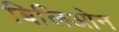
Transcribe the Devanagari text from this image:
बिलिओन